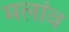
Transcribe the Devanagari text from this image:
मलांव